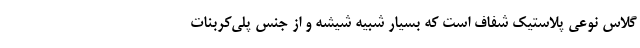
گلاس نوعی پلاستیک شفاف است که بسیار شبیه شیشه و از جنس پلی‌کربنات